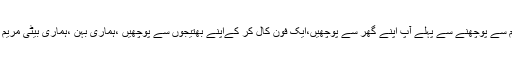
علیم نے کہاہم سے پوچھنے سے پہلے آپ اپنے گھر سے پوچھیں،ایک فون کال کر کےاپنے بھتیجوں سے پوچھیں ،ہماری بہن ،ہماری بیٹی مریم سے پوچھیں۔